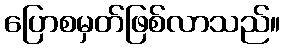
ပြောစမှတ်ဖြစ်လာသည်။